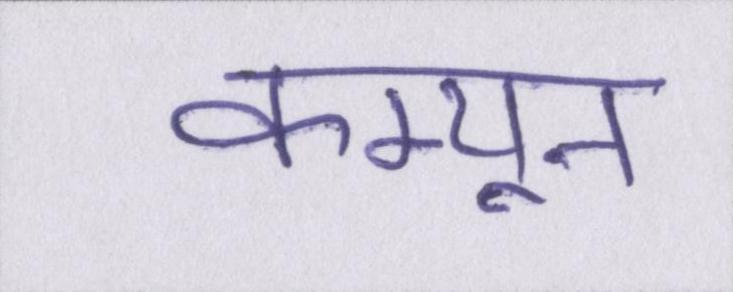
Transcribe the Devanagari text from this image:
कम्यून